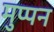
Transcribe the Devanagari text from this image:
मुप्पन